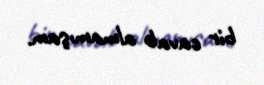
bir cavab almamışam.